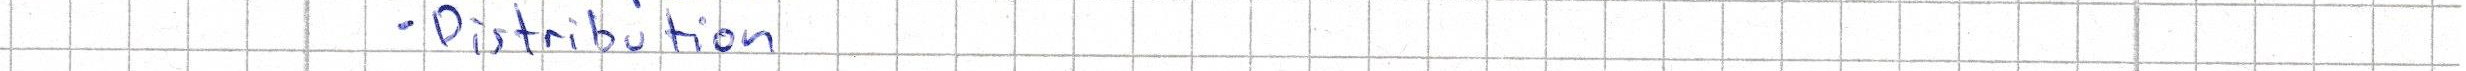
- Distribution